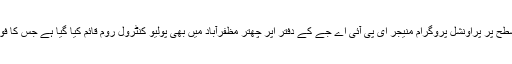
ہر ضلع میں DHOاور DCآفس میں پولیو کنٹرول روم قائم کیے گئے ہیں اس کے علاوہ مرکزی سطح پر پراونشل پروگرام منیجر ای پی آئی اے جے کے دفتر اپر چھتر مظفرآباد میں بھی پولیو کنٹرول روم قائم کیا گیا ہے جس کا فون نمبر 05822-921180ہے جہاں پر پولیو مہم کی روزانہ کی کارکردگی کو مانیٹر کیا جائیگا۔